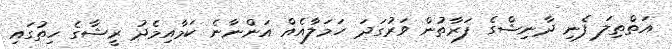
އަތްތިލަ ފެނި ދާނިޝްގެ ފަރާތުން ވަރުގަދަ ހަމަލާއެއް އަންނާނެ ކަމާއިމެދު ރީޝާގެ ހިތުގައި